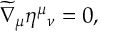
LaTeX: \widetilde { \nabla } _ { \mu } \eta ^ { \mu } { _ { \nu } } = 0 ,